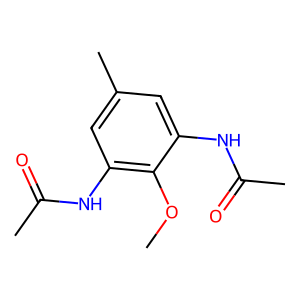
SMILES: COc1c(NC(C)=O)cc(C)cc1NC(C)=O
Inhibits HIV replication: No